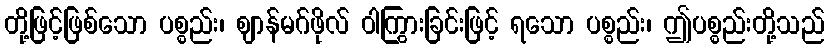
တို့ဖြင့်ဖြစ်သော ပစ္စည်း၊ ဈာန်မဂ်ဖိုလ် ဝါကြွားခြင်းဖြင့် ရသော ပစ္စည်း၊ ဤပစ္စည်းတို့သည်